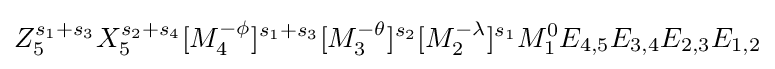
Z_{5}^{s_{1}+s_{3}}X_{5}^{s_{2}+s_{4}}[M_{4}^{-\phi }]^{s_{1}+s_{3}}[M_{3}^{-\theta }]^{s_{2}}[M_{2}^{-\lambda }]^{s_{1}}M_{1}^{0}E_{4,5}E_{3,4}E_{2,3}E_{1,2}